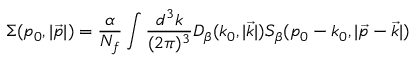
\Sigma ( p _ { 0 } , | \vec { p } | ) = \frac { \alpha } { N _ { f } } \int \frac { d ^ { 3 } k } { ( 2 \pi ) ^ { 3 } } D _ { \beta } ( k _ { 0 } , | \vec { k } | ) S _ { \beta } ( p _ { 0 } - k _ { 0 } , | \vec { p } - \vec { k } | )